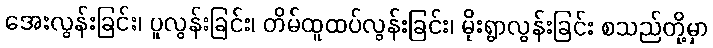
အေးလွန်းခြင်း၊ ပူလွန်းခြင်း၊ တိမ်ထူထပ်လွန်းခြင်း၊ မိုးရွာလွန်းခြင်း စသည်တို့မှာ